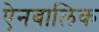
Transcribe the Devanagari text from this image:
ऐनबालिक